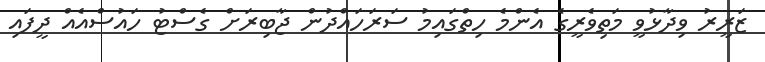
ޒަރީރު ވިދާޅުވީ މަތިވެރީގެ އެންމެ ހިތްގައިމު ސަރަހައްދުން ޖާބިރަށް ގެސްޓު ހައުސްއެއް ދީފައި